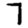
Digit: 7